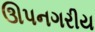
ઊપનગરીય